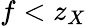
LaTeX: f<z_{X}